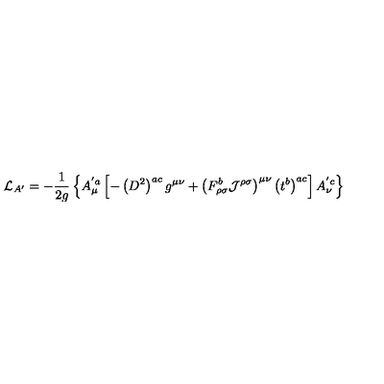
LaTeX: { \cal { L } } _ { A ^ { \prime } } = - \frac { 1 } { 2 g } \left\{ A _ { \mu } ^ { ' a } \left[ - \left( D ^ { 2 } \right) ^ { a c } g ^ { \mu \nu } + \left( F _ { \rho \sigma } ^ { b } { \cal { J } } ^ { \rho \sigma } \right) ^ { \mu \nu } \left( t ^ { b } \right) ^ { a c } \right] A _ { \nu } ^ { ' c } \right\}